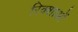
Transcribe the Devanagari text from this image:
रिक्शाओं